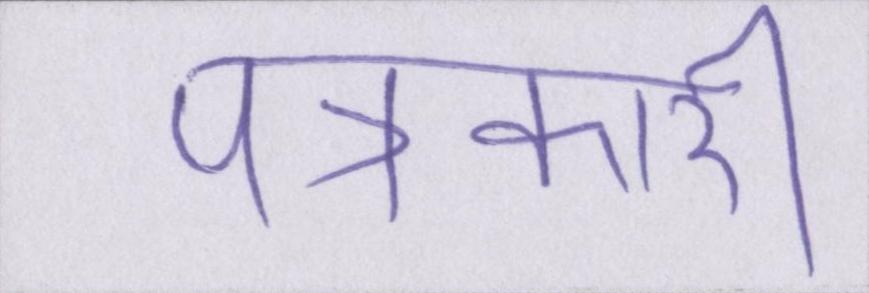
पत्रकारी